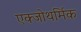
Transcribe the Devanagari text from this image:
एक्जोथर्मिक